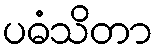
ပဓံသိတာ